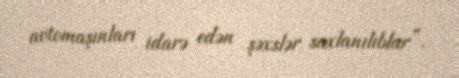
avtomaşınları idarə edən şəxslər saxlanılıblar”.